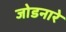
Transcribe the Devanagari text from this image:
जोडनारे